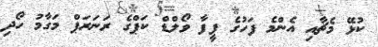
ކުޅޭ މެޗާއި އެންމެ ފަހުގެ ފީފާ ވޯލްޑް ކަޕްގެ ރަނަރަޕް މަގާމު ހޯދި